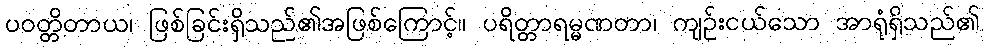
ပဝတ္တိတာယ၊ ဖြစ်ခြင်းရှိသည်၏အဖြစ်ကြောင့်။ ပရိတ္တာရမ္မဏတာ၊ ကျဉ်းငယ်သော အာရုံရှိသည်၏